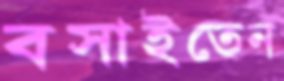
বসাইতেন